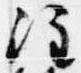
注